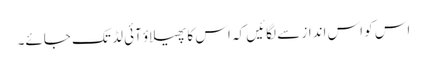
اس کو اس انداز سے لگائیں کہ اس کا پھیلاؤ آئی لڈ تک جائے۔